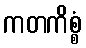
ကတကိစ္စံ